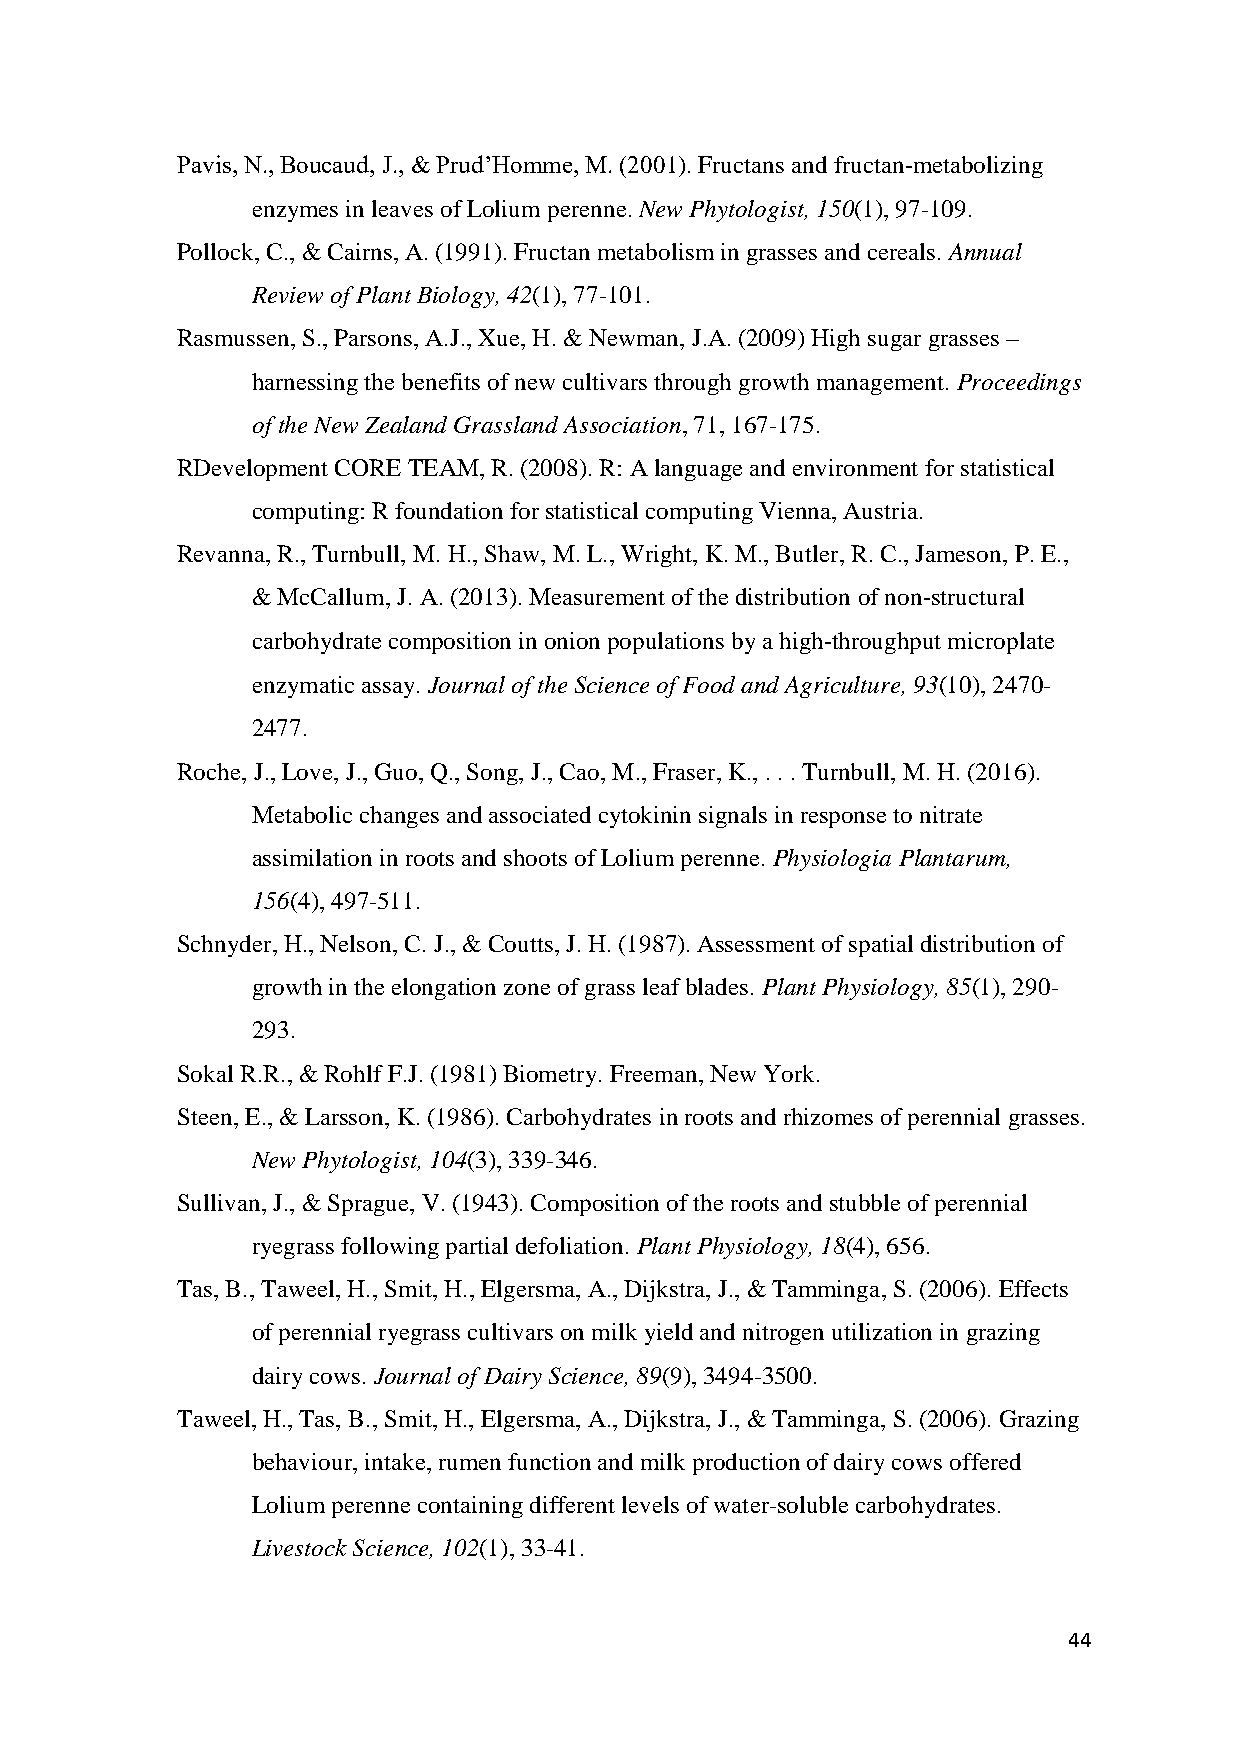
Pavis, N., Boucaud, J., & Prud’Homme, M. (2001). Fructans and fructan‐metabolizing
 enzymes in leaves of Lolium perenne. New Phytologist, 150(1), 97-109.
 Pollock, C., & Cairns, A. (1991). Fructan metabolism in grasses and cereals. Annual
 Review of Plant Biology, 42(1), 77-101.
 Rasmussen, S., Parsons, A.J., Xue, H. & Newman, J.A. (2009) High sugar grasses –
 harnessing the benefits of new cultivars through growth management. Proceedings
 of the New Zealand Grassland Association, 71, 167-175.
 RDevelopment CORE TEAM, R. (2008). R: A language and environment for statistical
 computing: R foundation for statistical computing Vienna, Austria.
 Revanna, R., Turnbull, M. H., Shaw, M. L., Wright, K. M., Butler, R. C., Jameson, P. E.,
 & McCallum, J. A. (2013). Measurement of the distribution of non‐structural
 carbohydrate composition in onion populations by a high‐throughput microplate
 enzymatic assay. Journal of the Science of Food and Agriculture, 93(10), 2470-
 2477.
 Roche, J., Love, J., Guo, Q., Song, J., Cao, M., Fraser, K., . . . Turnbull, M. H. (2016).
 Metabolic changes and associated cytokinin signals in response to nitrate
 assimilation in roots and shoots of Lolium perenne. Physiologia Plantarum,
 156(4), 497-511.
 Schnyder, H., Nelson, C. J., & Coutts, J. H. (1987). Assessment of spatial distribution of
 growth in the elongation zone of grass leaf blades. Plant Physiology, 85(1), 290-
 293.
 Sokal R.R., & Rohlf F.J. (1981) Biometry. Freeman, New York.
 Steen, E., & Larsson, K. (1986). Carbohydrates in roots and rhizomes of perennial grasses.
 New Phytologist, 104(3), 339-346.
 Sullivan, J., & Sprague, V. (1943). Composition of the roots and stubble of perennial
 ryegrass following partial defoliation. Plant Physiology, 18(4), 656.
 Tas, B., Taweel, H., Smit, H., Elgersma, A., Dijkstra, J., & Tamminga, S. (2006). Effects
 of perennial ryegrass cultivars on milk yield and nitrogen utilization in grazing
 dairy cows. Journal of Dairy Science, 89(9), 3494-3500.
 Taweel, H., Tas, B., Smit, H., Elgersma, A., Dijkstra, J., & Tamminga, S. (2006). Grazing
 behaviour, intake, rumen function and milk production of dairy cows offered
 Lolium perenne containing different levels of water-soluble carbohydrates.
 Livestock Science, 102(1), 33-41.
 44